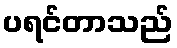
ပရင်တာသည်